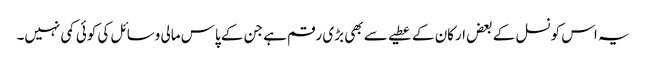
یہ اس کونسل کے بعض ارکان کے عطیے سے بھی بڑی رقم ہے جن کے پاس مالی وسائل کی کوئی کمی نہیں۔